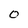
Character: O